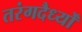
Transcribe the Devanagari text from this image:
तरंगदैर्ध्‍यों